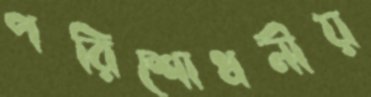
পরিশোধনীয়